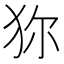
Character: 狝